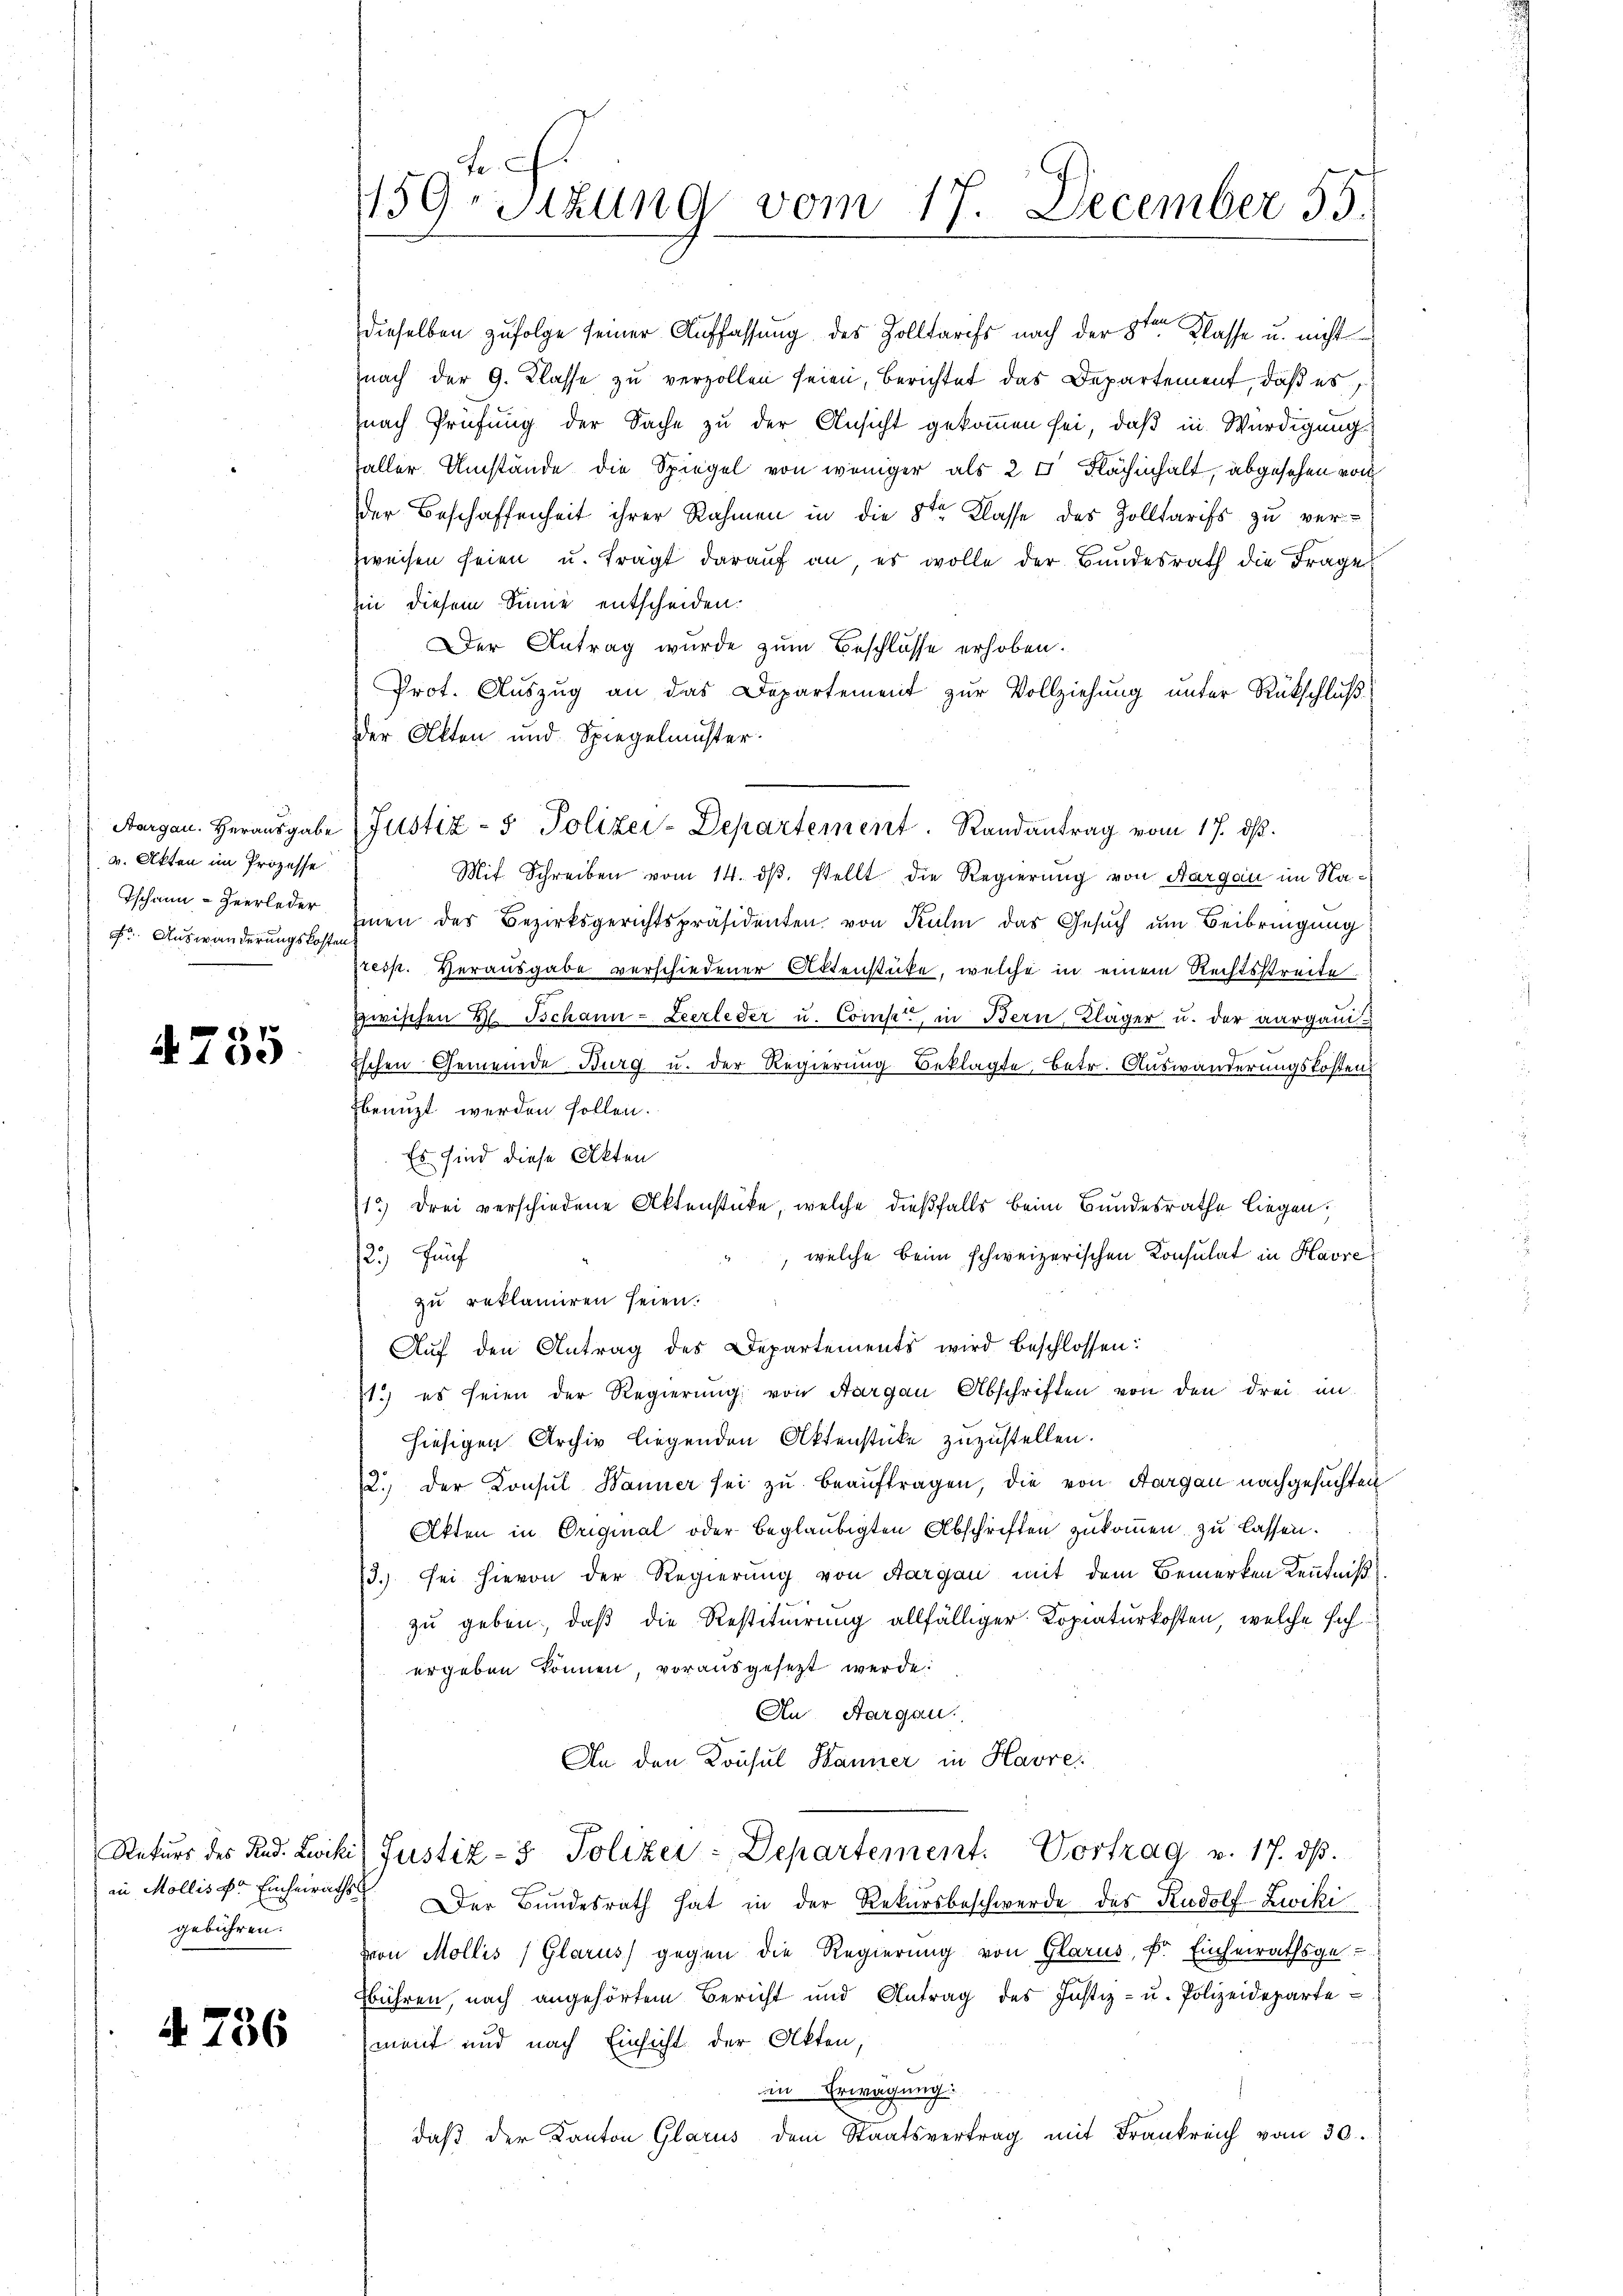
v. Akten im Prozesse
Ischann - Heerleder
F. Auswanderungskosten

4755

gebühren.

4 736

F.
159. Sitzung vom 17. December 55.

dieselben zufolge seiner Auffassung des Zolltarifs nach der 8ten Klasse u. nicht
nach der 9. Klasse zu verzollen seien, berichtet das Departement, daß es
nach Prüfung der Sache zu der Ansicht gekommen sei, daß in Würdigung
faller Umstände die Spiegel von weniger als 2 % Flächenhalt, abgesehen von
der Beschaffenheit ihrer Rahmen in die 8ten Klasse des Zolltarifs zu verzweifen seien u. trägt darauf an, es wolle der Bundesrath die Frage
in diesem Sinne entscheiden.
Der Antrag wurde zum Beschlusse erhoben.
Prot. Auszug an das Departement zur Vollziehung unter Rückschluß
der Akten und Spiegelmuster.
Mit Schreiben vom 14. dβ. stellt die Regierung von Aargau im Namen des Bezirksgerichtspräsidenten von Kulm das Gesuch am Beibringung
resp. Herausgabe verschiedener Aktenstücke, welche in einem Rechtsstreite
zwischen H. Tschann - Leerleder u. Compet, in Bern, Kläger u. der aargaui
Eschen Gemeinde Burg u. der Regierung Beklagte, betr. Auswanderungskosten
benuzt werden sollen.
Es sind diese Akten
13) Drei verschiedene Aktenstücke, welche dießfalls beim Bundesrathe liegen,
welche beim schweizerischen Konsulat in Havre
2.) Fünf
zu reklamiren seien.
Aŭf den Antrag des Departements wird beschlossen:
1.) es seien der Regierŭng von Aargau Abschriften von den drei in
hiesigen Archiv liegenden Aktenstücke zuzustellen.
2.) der Konsul Banner sei zŭ beaŭftragen, die von Aargau nachgesuchten
Akten in Original oder beglaubigten Abschriften zukommen zu lassen.
3.) Sei hievon der Regierung von Aargau mit dem Bemerken Kenntniß
zu geben, daß die Restituirung allfälliger Kopiaturkosten, welche sichergeben können, vorausgesezt werde.
An Aargau.
An den Konsul Hanner in Havres

Aargau. Herausgabe Justiz- & Polizei-Departement. Randantrag vom 17. dβ.

Rekurs des Rud. Lucki, Justiz- & Polizei-Departement. Vortrag v. 17. dβ.

in Molliser Einheiraths. Der Bundesrath hat in der Rekursbeschwerde des Rudolf Zwiki
von Mollis (Glarus) gegen die Regierung von Glarus, Dr. Einheirathsgebühren, nach angehörtem Bericht und Antrag des Justiz- u. Polizeidepartement und nach Einsicht der Akten,
in Erwägung:
daβ der Kanton Glarus dem Staatsvertrag mit Frankreich vom 30.